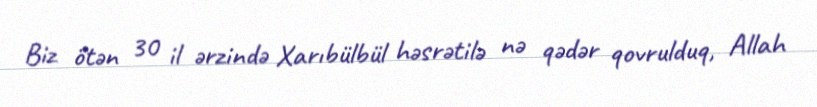
Biz ötən 30 il ərzində Xarıbülbül həsrətilə nə qədər qovrulduq, Allah